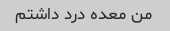
من معده درد داشتم